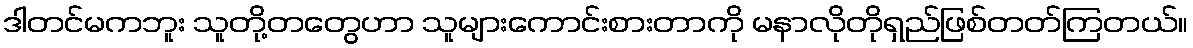
ဒါတင်မကဘူး သူတို့တတွေဟာ သူများကောင်းစားတာကို မနာလိုတိုရှည်ဖြစ်တတ်ကြတယ်။